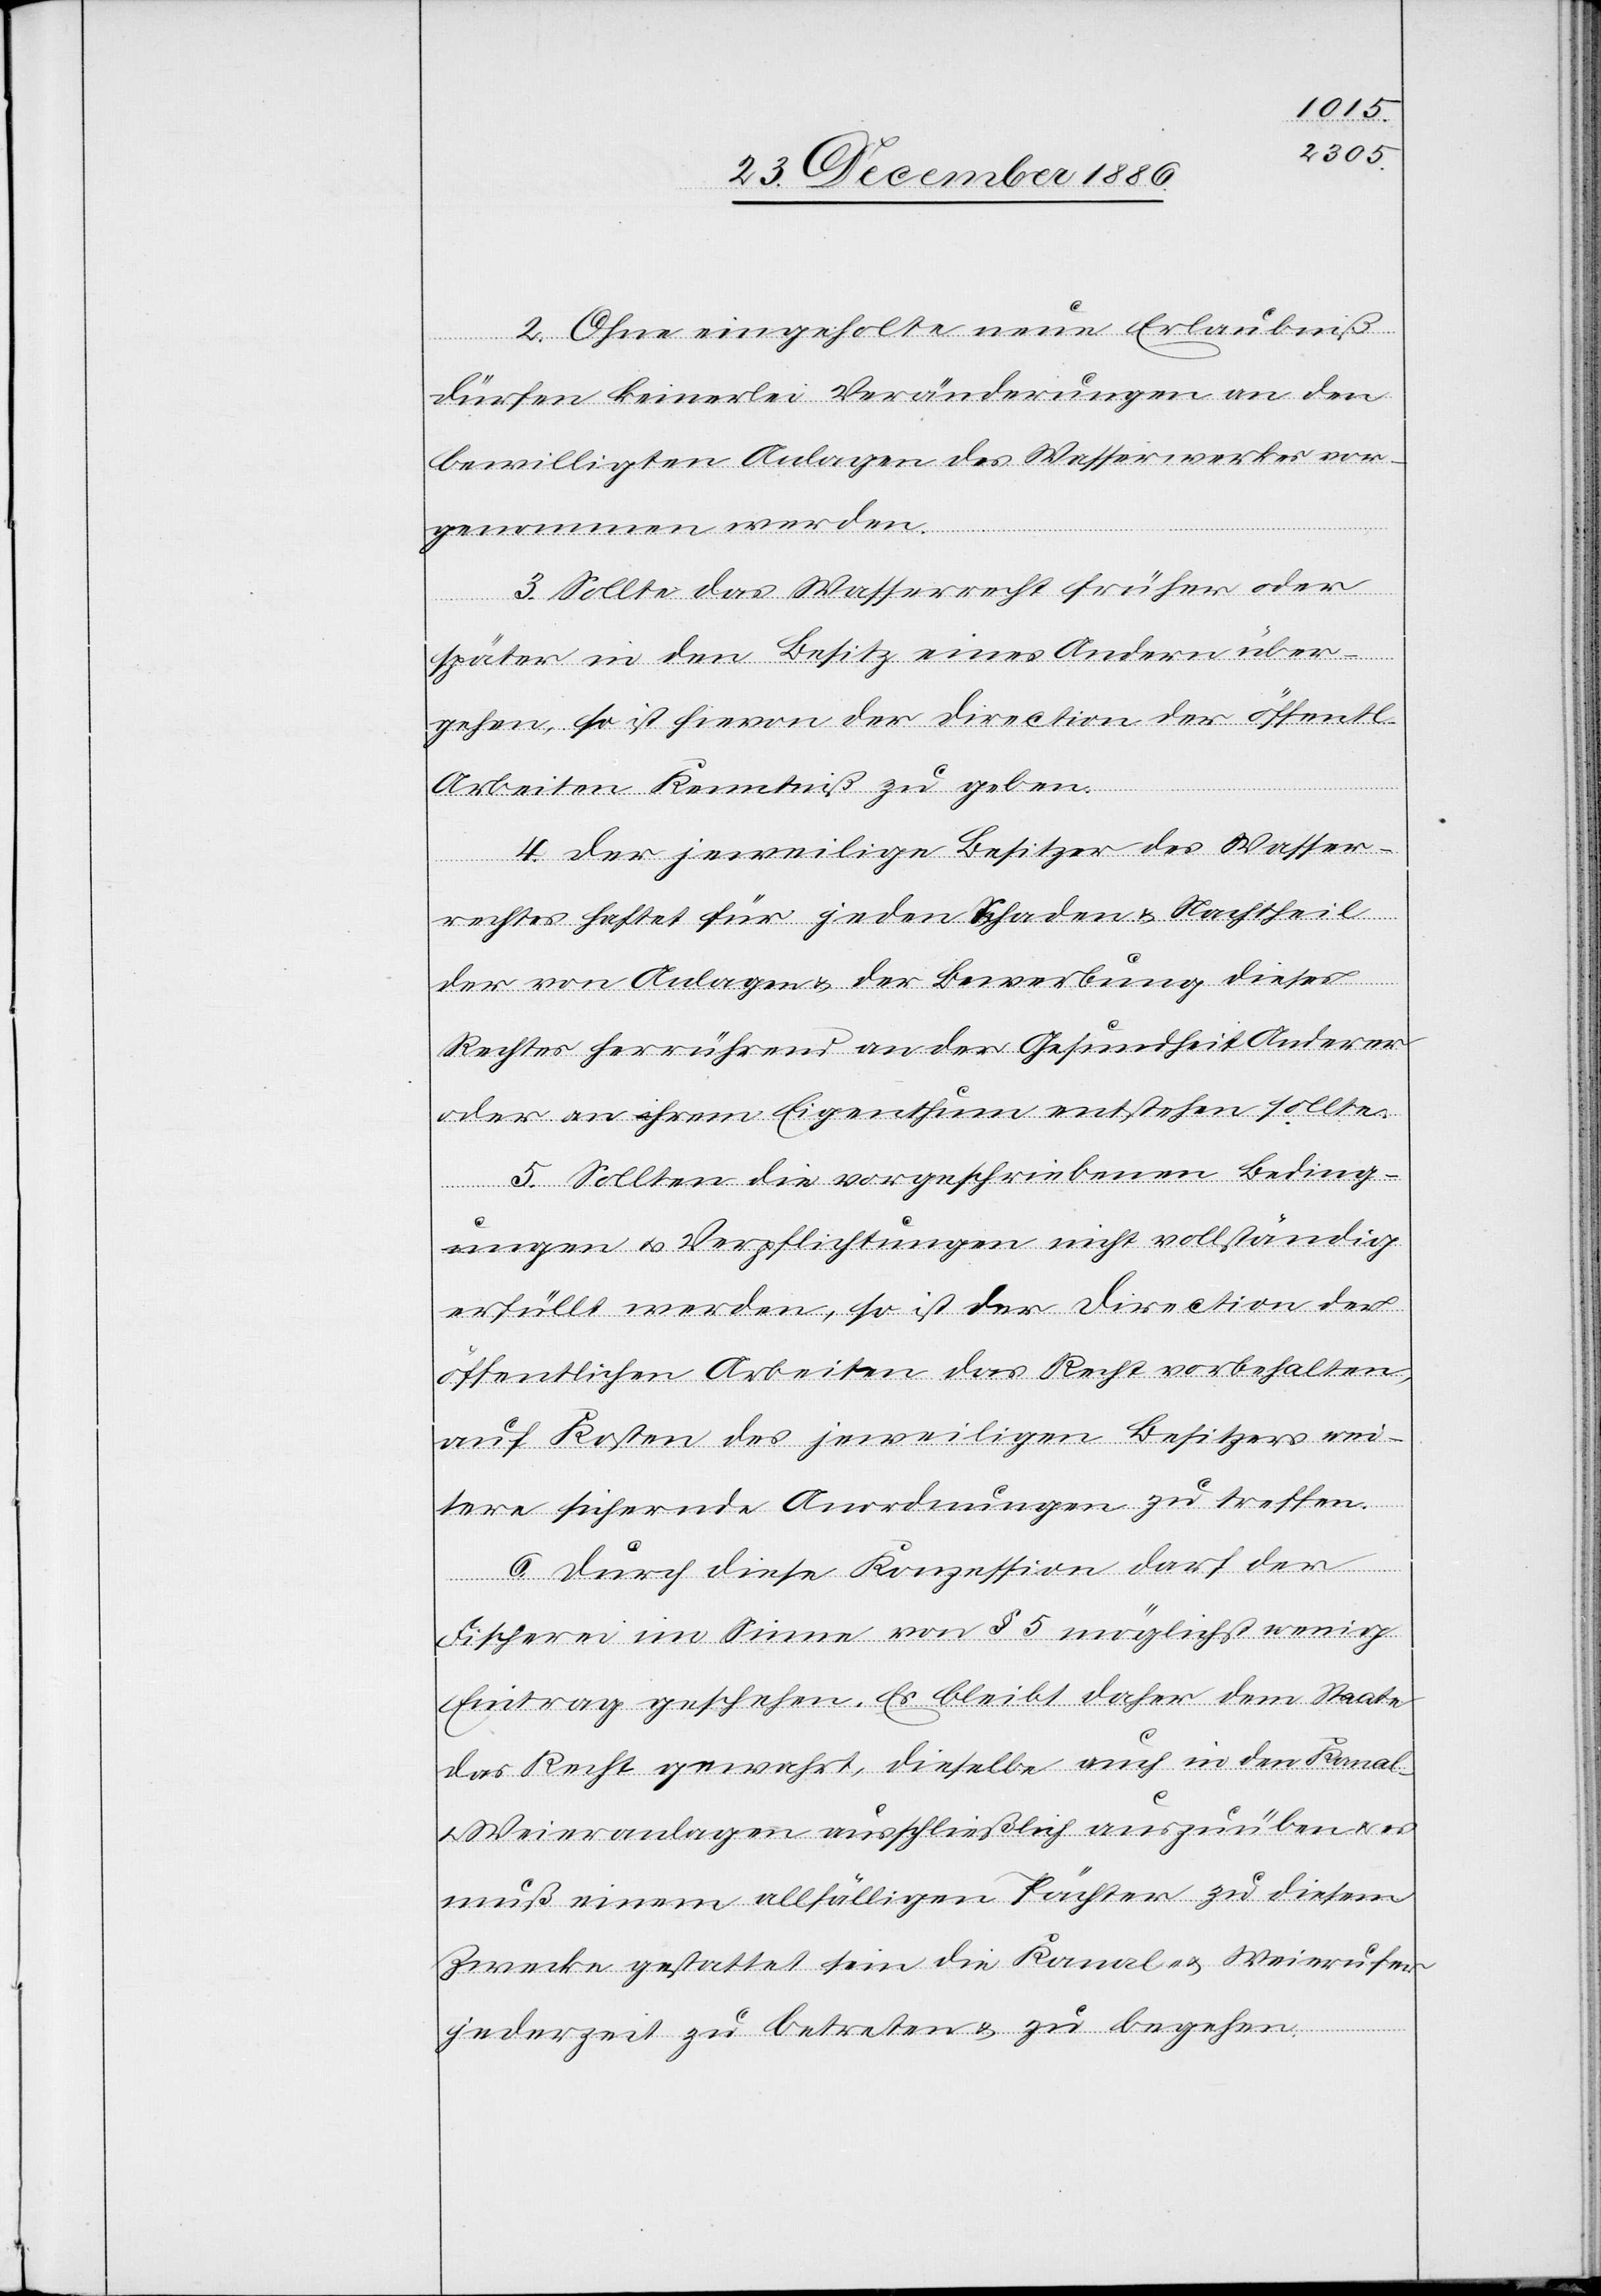
2. Ohne eingeholte neue Erlaubniß
dürfen keinerlei Veränderungen an den
bewilligten Anlagen des Wasserwerkes vor¬
genommen werden.
3. Sollte das Wasserrecht früher oder
später in den Besitz eines Andern über¬
gehen, so ist hievon der Direction der öffentl.
Arbeiten Kenntniß zu geben.
4. Der jeweilige Besitzer des Wasser¬
rechtes haftet für jeden Schaden & Nachtheil
der von Anlagen & der Bewerbung dieses
Rechtes herrührend an der Gesundheit Anderer
oder an ihrem Eigenthum entstehen sollte.
5. Sollten die vorgeschriebenen Beding¬
ungen & Verpflichtungen nicht vollständig
erfüllt werden, so ist der Direction der
öffentlichen Arbeiten das Recht vorbehalten,
auf Kosten des jeweiligen Besitzers wei¬
tere sichernde Anordnungen zu treffen.
6. Durch diese Konzession darf der
Fischerei im Sinne von § 5 möglichst wenig
Eintrag geschehen. Es bleibt daher dem Staate
das Recht gewahrt, dieselbe auch in den Kanal-
& Weieranlagen ausschließlich auszuüben & es
muß einem allfälligen Pächter zu diesem
Zwecke gestattet sein die Kanal- & Weierufer
jederzeit zu betreten & zu begehen.